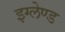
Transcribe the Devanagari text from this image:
इग्‍लेण्‍ड